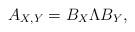
LaTeX: \begin{align*}A_{X,Y}=B_X\Lambda B_Y,\end{align*}